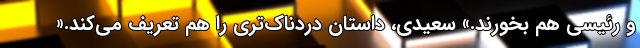
و رئيسی هم بخورند.» سعیدی، داستان دردناک‌تری را هم تعریف می‌کند.«